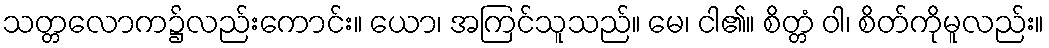
သတ္တလောက၌လည်းကောင်း။ ယော၊ အကြင်သူသည်။ မေ၊ ငါ၏။ စိတ္တံ ဝါ၊ စိတ်ကိုမူလည်း။